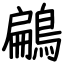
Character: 鶣